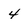
Character: 4